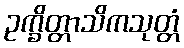
ဥက္ခိတ္တာသိကသုတ္တံ